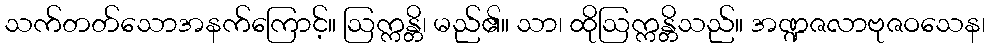
သက်တတ်သောအနက်ကြောင့်။ ဩက္ကန္တိ၊ မည်၏။ သာ၊ ထိုဩက္ကန္တိသည်။ အဏ္ဍဇလာဗုဇဝသေန၊